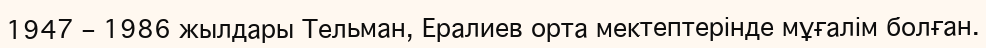
1947 – 1986 жылдары Тельман, Ералиев орта мектептерінде мұғалім болған.